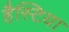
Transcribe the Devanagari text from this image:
हैस्टिया